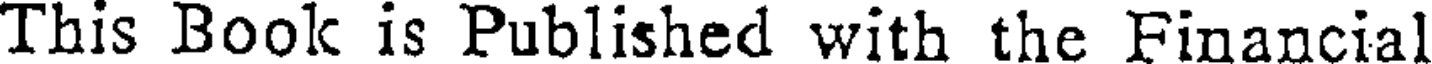
This Book is Published with the Financial